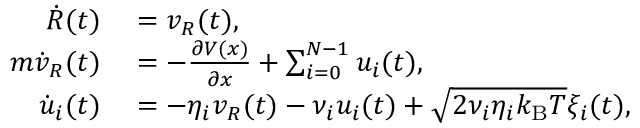
\begin{array} { r l } { \dot { R } ( t ) } & { { } = v _ { R } ( t ) , } \\ { m \dot { v } _ { R } ( t ) } & { { } = - \frac { \partial V ( x ) } { \partial x } + \sum _ { i = 0 } ^ { N - 1 } u _ { i } ( t ) , } \\ { \dot { u } _ { i } ( t ) } & { { } = - \eta _ { i } v _ { R } ( t ) - \nu _ { i } u _ { i } ( t ) + \sqrt { 2 \nu _ { i } \eta _ { i } k _ { \mathrm { B } } T } \xi _ { i } ( t ) , } \end{array}